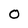
Character: O